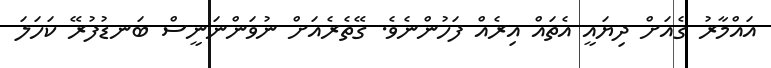
އައްމާރު ގެއަށް ދިޔައީ އެތައް އިރެއް ފަހުންނެވެ. ގޭތެރެއަށް ނުވަންނަނީސް ބަނޑުފުރޭ ކަހަލަ